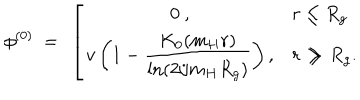
\phi ^ { ( 0 ) } \ = \ \left[ \begin{array} { c l } { { \displaystyle 0 \ , } } & { { r \le R _ { g } } } \\ { { \displaystyle v \left( 1 - \frac { K _ { 0 } ( m _ { H } r ) } { \ln ( 2 / m _ { H } R _ { g } ) } \right) , } } & { { r \gg R _ { g } . } } \\ \end{array} \right.